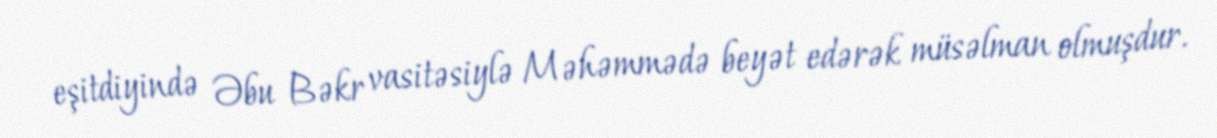
eşitdiyində Əbu Bəkr vasitəsiylə Məhəmmədə beyət edərək müsəlman olmuşdur.